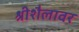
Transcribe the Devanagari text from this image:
श्रीशैलावर